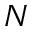
N